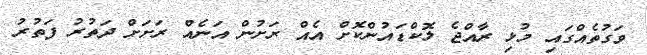
ވަގުތެއްގައި މުޅި ރާއްޖެ ލޮކްޑައުންކޮށް އެއް ރަށުން އަނެއް ރަށަށް ދަތުރު ފަތުރު